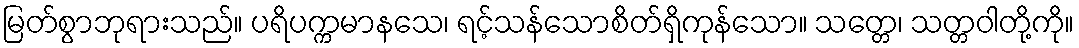
မြတ်စွာဘုရားသည်။ ပရိပက္ကမာနသေ၊ ရင့်သန်သောစိတ်ရှိကုန်သော။ သတ္တေ၊ သတ္တဝါတို့ကို။